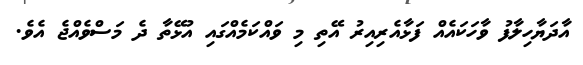
އާދަޔާހިލާފު ވާހަކައެއް ފަޅާއެރިއިރު އޭތި މި ވައްކަމެއްގައި އުޅޭތާ ދެ މަސްވެއްޖެ އެވެ.